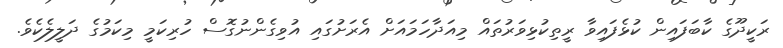
ރަކީދޫގެ ކާބަފައިން ކުޅެފައިވާ ރީތިކުޅިވަރުތައް މިއަދާހަމައަށް އެރަށުގައި އުވިގެންނުގޮސް ހުރިކަމީ މިކަމުގެ ދަލީލެކެވެ.